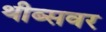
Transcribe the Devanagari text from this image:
थीब्सवर